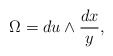
\begin{align*}\Omega = du \wedge \frac {dx}{y},\end{align*}